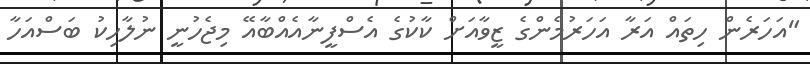
"އަހަރެން ހިތައް އަރާ އަހަރުމެންގެ ޒީވާއަށް ކާކުގެ އެސްފީނާއެއްބާއޭ މިޖެހުނީ ނުލާހިކު ބަސްއަހާ